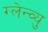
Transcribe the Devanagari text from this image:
ग्लेन्व्यु